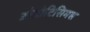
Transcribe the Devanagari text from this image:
ओडोटिसिमस